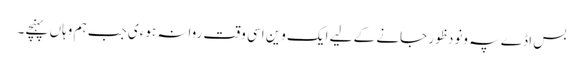
بس اڈے پہ ونودظور جانے کے لیے ایک وین اسی وقت روانہ ہوءی جب ہم وہاں پہنچے۔